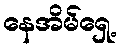
နေအိမ်ရှေ့